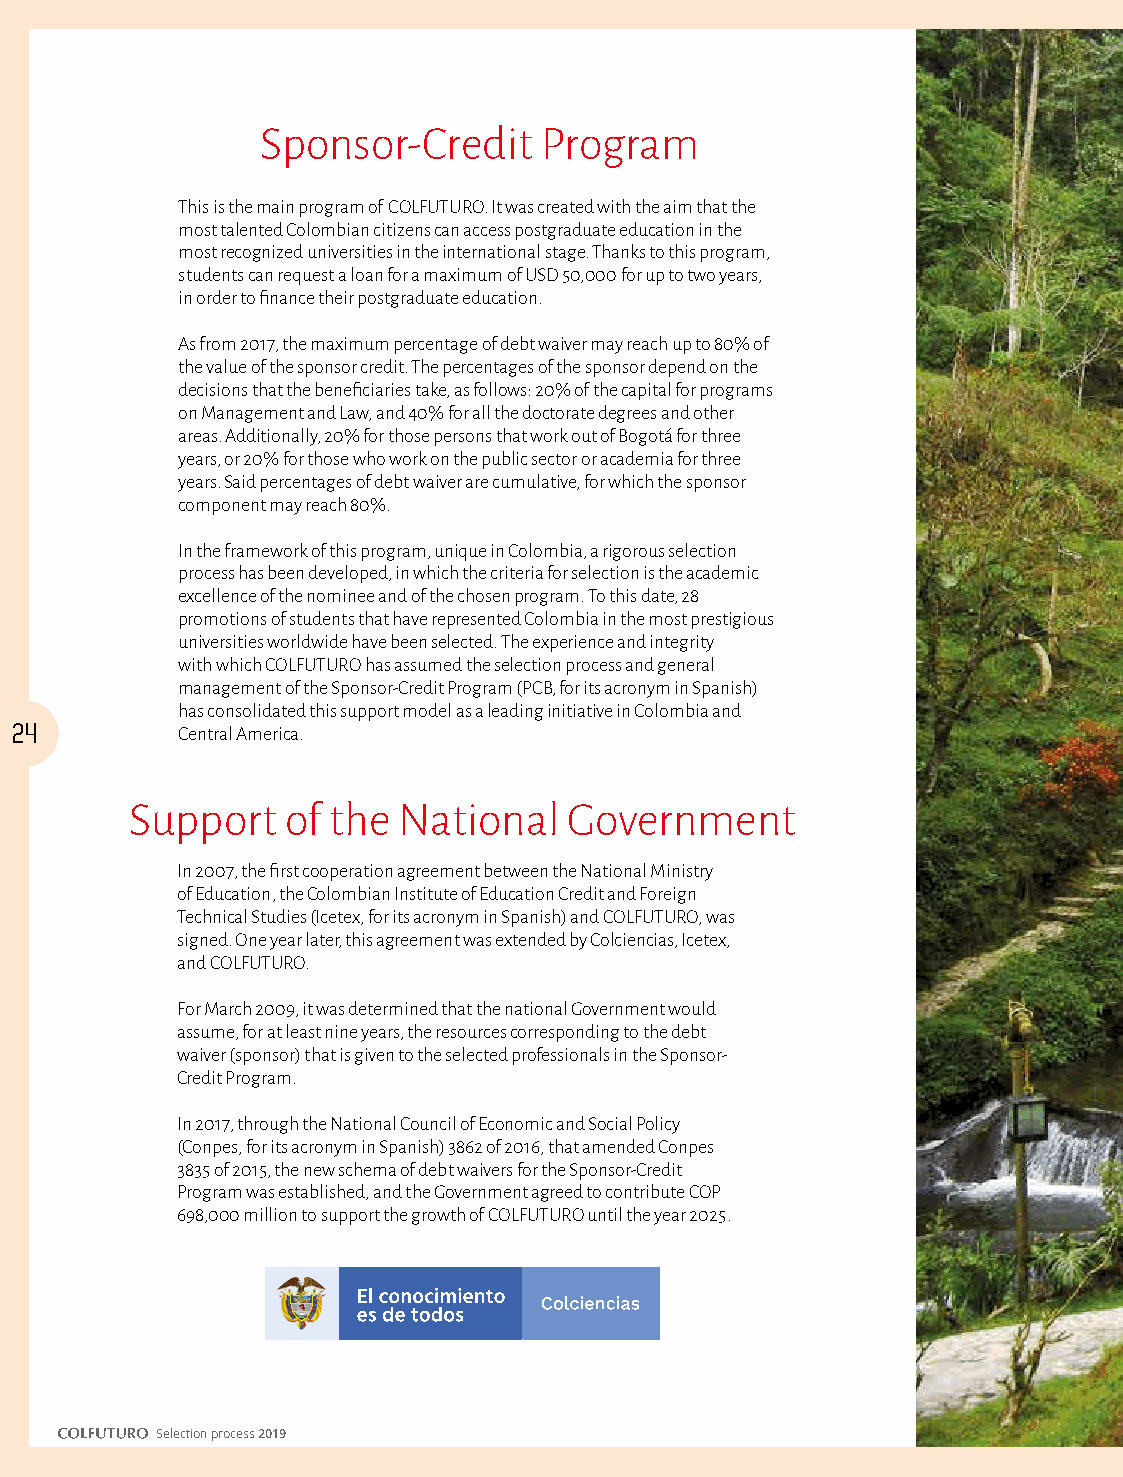
Sponsor-Credit     Program
 This is the main program of COLFUTURO. It was created with the aim that the
 most talented Colombian citizens can access postgraduate education in the
 most recognized universities in the international stage. Thanks to this program,
 students can request a loan for a maximum of USD 50,000 for up to two years,
 in order to finance their postgraduate education.
 As from 2017, the maximum percentage of debt waiver may reach up to 80% of
 the value of the sponsor credit. The percentages of the sponsor depend on the
 decisions that the beneficiaries take, as follows: 20% of the capital for programs
 on Management and Law, and 40% for all the doctorate degrees and other
 areas. Additionally, 20% for those persons that work out of Bogotá for three
 years, or 20% for those who work on the public sector or academia for three
 years. Said percentages of debt waiver are cumulative, for which the sponsor
 component may reach 80%.
 In the framework of this program, unique in Colombia, a rigorous selection
 process has been developed, in which the criteria for selection is the academic
 excellence of the nominee and of the chosen program. To this date, 28
 promotions of students that have represented Colombia in the most prestigious
 universities worldwide have been selected. The experience and integrity
 with which COLFUTURO has assumed the selection process and general
 management of the Sponsor-Credit Program (PCB, for its acronym in Spanish)
 has consolidated this support model as a leading initiative in Colombia and
 24         Central America.
 Support   of the National    Government
 In 2007, the first cooperation agreement between the National Ministry
 of Education, the Colombian Institute of Education Credit and Foreign
 Technical Studies (Icetex, for its acronym in Spanish) and COLFUTURO, was
 signed. One year later, this agreement was extended by Colciencias, Icetex,
 and COLFUTURO.
 For March 2009, it was determined that the national Government would
 assume, for at least nine years, the resources corresponding to the debt
 waiver (sponsor) that is given to the selected professionals in the Sponsor-
 Credit Program.
 In 2017, through the National Council of Economic and Social Policy
 (Conpes, for its acronym in Spanish) 3862 of 2016, that amended Conpes
 3835 of 2015, the new schema of debt waivers for the Sponsor-Credit
 Program was established, and the Government agreed to contribute COP
 698,000 million to support the growth of COLFUTURO until the year 2025.
 Selection process 2019